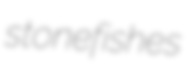
stonefishes